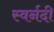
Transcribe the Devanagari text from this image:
स्वर्नदी